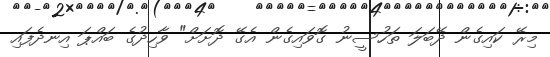
މިރޭ ކައިގެން ދޭބަލަ ތަހުސީނު ގޮވައިގެން އެގޭ ދޮށަށް" ވާހިދުގެ ބައްޕަ އިނދެފައި